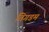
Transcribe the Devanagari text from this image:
तिगडम